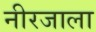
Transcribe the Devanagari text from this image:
नीरजाला